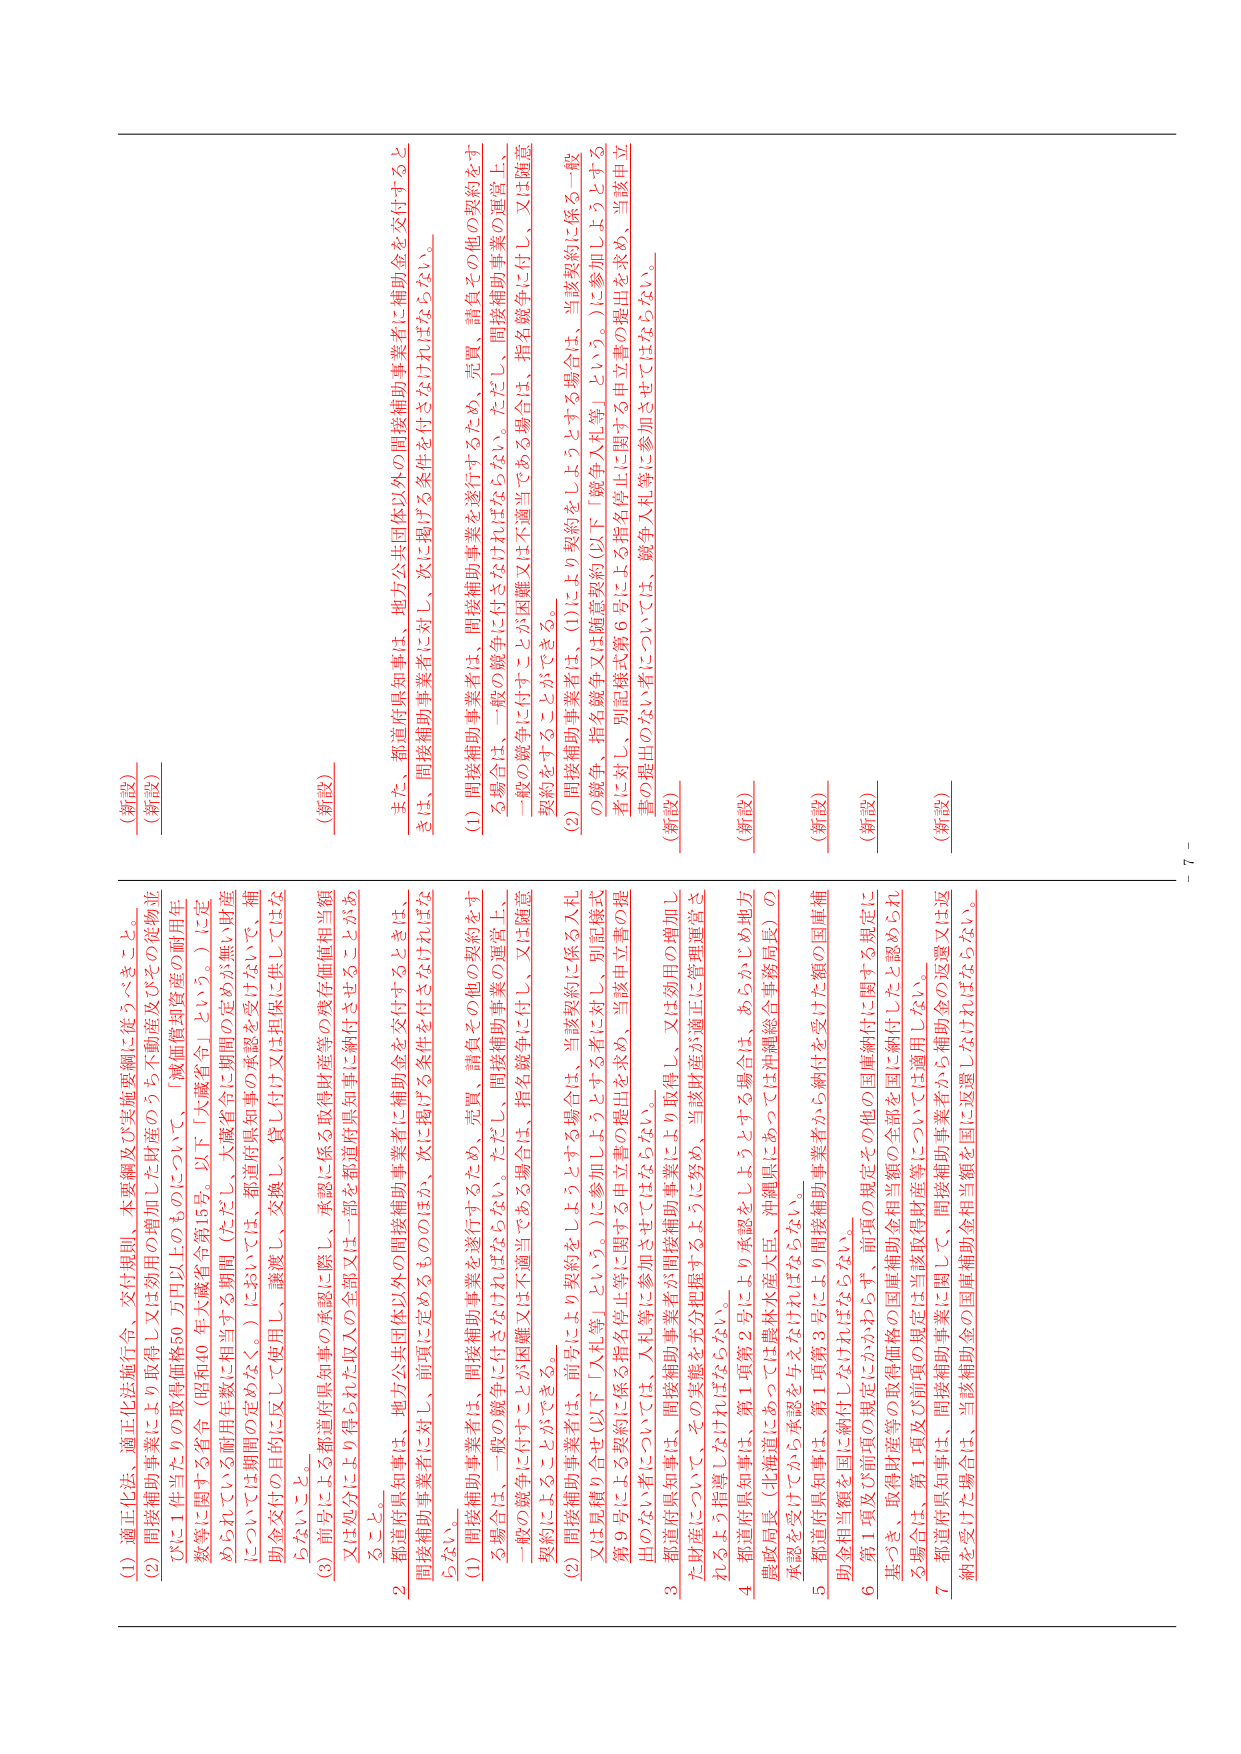
(新設)
(新設)
(新設)
(新設)
(新設)
(新設)
(新設)
(新設)
(新設)

(1) 適正化法、適正化法施行令、交付規則、本要綱及び実施要綱に従うべきこと。
(2) 間接補助事業により取得又は効用の増加した財産のうち不動産及びその定物並
びに1件当たりの取得価格50万円以上のものについて、「減価償却資産の耐用年
数等に関する省令（昭和40年大蔵省令第15号。以下「大蔵省令」という。）に定
められている耐用年数に相当する期間（ただし、大蔵省令に期間の定めが無い財産
については期間の定めなく）においては、都道府県知事の承認を受けないで、補
助金交付の目的に反して使用し、譲渡し、交換し、貸し付け又は担保に供してはな
らないこと。
(3) 前号による都道府県知事の承認に際し、承認に係る取得財産等の残存価値相当額
又は処分により得られた収入の全部又は一部を都道府県知事に納付させることがあ
ること。
2 都道府県知事は、地方公共団体以外の間接補助事業者に補助金を交付するときは、
間接補助事業者に対し、前項に定めるもののほか、次に掲げる条件を付さなければな
らない。
(1) 間接補助事業者は、間接補助事業を遂行するため、売買、請負その他の契約をす
る場合は、一般の競争に付さなければならない。ただし、間接補助事業の運営上、
一般の競争に付すことが困難又は不適当である場合は、指名競争に付し、又は随意
契約をすることができる。
(2) 間接補助事業者は、前項により契約をしようとする場合は、当該契約に係る一般
の競争、指名競争又は随意契約（以下「競争入札等」という。）に参加しようとする
者に対し、別記様式第6号による指名停止に関する申立書の提出を求め、当該申立
書の提出のない者については、競争入札等に参加させてはならない。
3 都道府県知事は、間接補助事業が間接補助事業により取得し、又は効用の増加し
た財産については、その実態を充分把握するように努め、当該財産が適正に管理運営さ
れるよう指導しなければならない。
4 都道府県知事は、第1項第2号により承認をしようとする場合は、あらかじめ地方
農政局長（北海道にあっては農林水産大臣、沖縄県にあっては沖縄総合事務局長）の
承認を受けなければならない。
5 都道府県知事は、第1項第3号により間接補助事業者から納付を受けた額の国庫補
助金相当額を国に納付しなければならない。
6 第1項及び前項の規定にかかわらず、前項の規定その他の国庫納付に関する規定に
基づき、取得財産等の取得価格の国庫補助金相当額の全部を国に納付したと認められ
る場合は、第1項及び前項の規定は当該取得財産等については適用しない。
7 都道府県知事は、間接補助事業に関して、間接補助事業者から補助金の返還又は返
納を受けた場合は、当該補助金の国庫補助金相当額を国に返還しなければならない。

－ 7 －